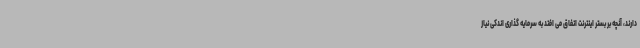
دارند، آنچه بر بستر اینترنت اتفاق می افتد به سرمایه گذاری اندکی نیاز